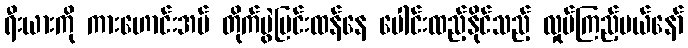
ရီးယားကို ကားဟောင်းအပ် တိုက်ပွဲပြင်းထန်နေ ပေါင်းထည့်နိုင်သည့် လှုပ်ကြည့်မယ်နော်